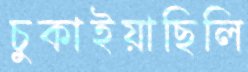
চুকাইয়াছিলি